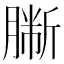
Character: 𦠀